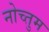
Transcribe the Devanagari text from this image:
नोच्तुम